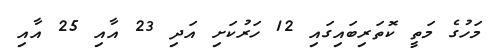
މަހުގެ މަތީ ކޮތަރިބައިގައި 12 ހަރުކަށި އަދި 23 އާއި 25 އާއި